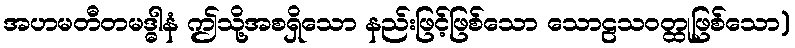
အဟမတီတမဒ္ဓါနံ ဤသို့အစရှိသော နည်းဖြင့်ဖြစ်သော သောဠသဝတ္ထုဖြစ်သော)